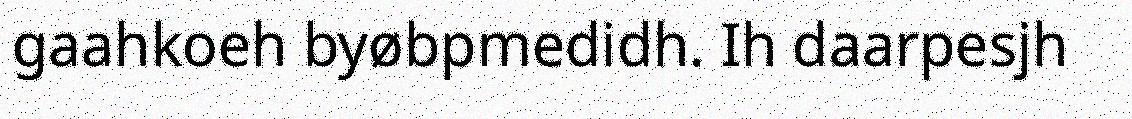
gaahkoeh byøbpmedidh. Ih daarpesjh